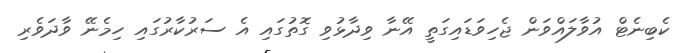
ކެބިނެޓް އުވާލައްވަން ޖެހިވަޑައިގަތީ އޭނާ ވިދާޅުވި ގޮތުގައި އެ ސަރުކާރުގައި ހިމެނޭ ވާދަވެރި